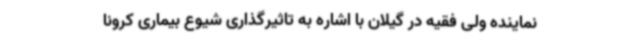
نماینده ولی فقیه در گیلان با اشاره به تاثیرگذاری شیوع بیماری کرونا